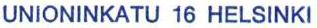
UNIONINKATU 16 HELSINKI